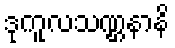
ဒုကူလသဏ္ဌနာနိ